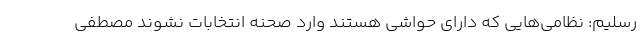
رسلیم: نظامی‌هایی که دارای حواشی هستند وارد صحنه انتخابات نشوند مصطفی